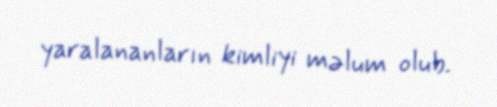
yaralananların kimliyi məlum olub.